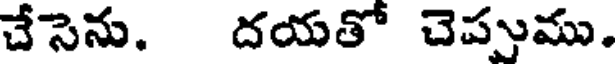
చేసెను. దయతో చెప్పుము.